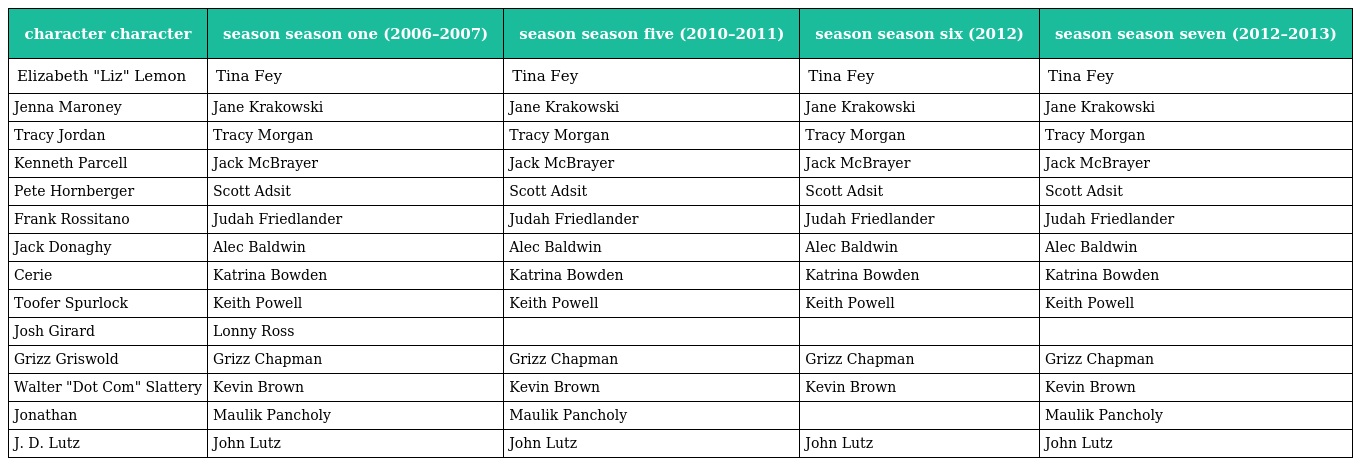
| character character | season season one (2006–2007) | season season five (2010–2011) | season season six (2012) | season season seven (2012–2013) |
 | --- | --- | --- | --- | --- |
 | Elizabeth "Liz" Lemon | Tina Fey | Tina Fey | Tina Fey | Tina Fey |
 | Jenna Maroney | Jane Krakowski | Jane Krakowski | Jane Krakowski | Jane Krakowski |
 | Tracy Jordan | Tracy Morgan | Tracy Morgan | Tracy Morgan | Tracy Morgan |
 | Kenneth Parcell | Jack McBrayer | Jack McBrayer | Jack McBrayer | Jack McBrayer |
 | Pete Hornberger | Scott Adsit | Scott Adsit | Scott Adsit | Scott Adsit |
 | Frank Rossitano | Judah Friedlander | Judah Friedlander | Judah Friedlander | Judah Friedlander |
 | Jack Donaghy | Alec Baldwin | Alec Baldwin | Alec Baldwin | Alec Baldwin |
 | Cerie | Katrina Bowden | Katrina Bowden | Katrina Bowden | Katrina Bowden |
 | Toofer Spurlock | Keith Powell | Keith Powell | Keith Powell | Keith Powell |
 | Josh Girard | Lonny Ross |  |  |  |
 | Grizz Griswold | Grizz Chapman | Grizz Chapman | Grizz Chapman | Grizz Chapman |
 | Walter "Dot Com" Slattery | Kevin Brown | Kevin Brown | Kevin Brown | Kevin Brown |
 | Jonathan | Maulik Pancholy | Maulik Pancholy |  | Maulik Pancholy |
 | J. D. Lutz | John Lutz | John Lutz | John Lutz | John Lutz |